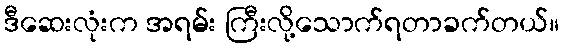
ဒီဆေးလုံးက အရမ်း ကြီးလို့သောက်ရတာခက်တယ်။